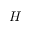
H